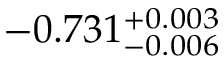
- 0 . 7 3 1 _ { - 0 . 0 0 6 } ^ { + 0 . 0 0 3 }